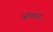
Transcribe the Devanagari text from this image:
अपाद